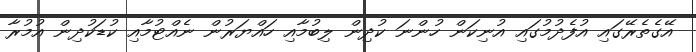
އޭގެތެރޭގައި އުފެދުމުގައި އުނިކަން ހުންނަ ކުދިން ލިބުމާއި ހައްޔަރުން ނެއްޓުމާއި ކުޑަކުދިން އުމުރާ